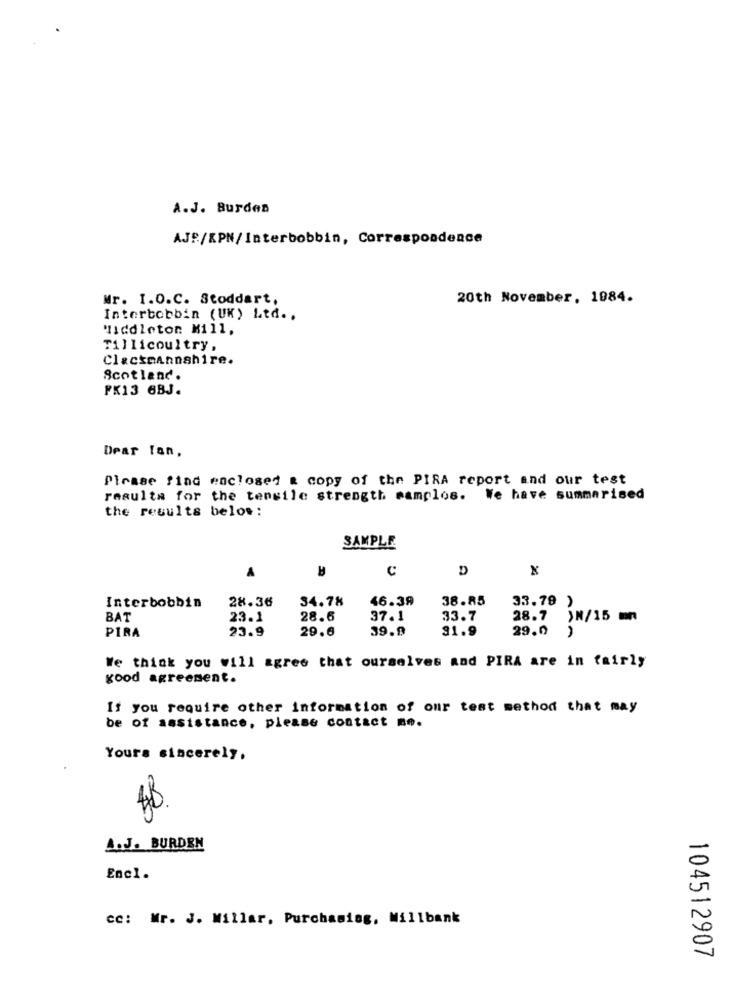
A.J. Burden
AJE/KPN/Interbobbin, Correspondence
Mr. I.O.C. Stoddart,
20th November, 1984.
Interbobbin (UK) Ltd ..
Middleton Mill,
Tillicoultry,
Clackmannshire.
Scotland.
FK13 6BJ.
Dear Tan,
Please find enclosed & copy of the PIRA report and our test
resulta for the tensile strength mamplos. We have summarised
the results below:
SAMPLE
C
D
x
Interbobbin
28.36
34.78
46.39
38.85
33.79 )
BAT
23.1
28.6
37.1
33.7
28.7
)N/15 mn
PIRA
23.9
29.6
39.9
31.9
29.0
We think you will agree that ourselves and PIRA are in fairly
good agreement.
If you require other information of our test method that may
be of assistance, please contact me.
Yours sincerely,
48
A.J. BURDEN
Encl.
cc: Mr. J. Millar, Purchasing, Millbank
104512907